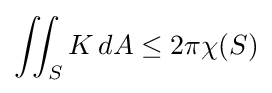
\iint _{S}K\,dA\leq 2\pi \chi (S)